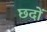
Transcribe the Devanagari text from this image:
छदों